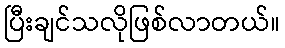
ပြီးချင်သလိုဖြစ်လာတယ်။